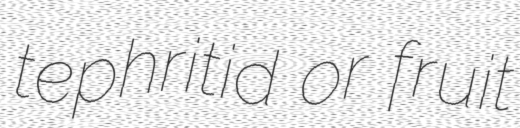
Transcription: tephritid or fruit